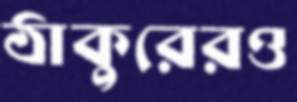
ঠাকুরেরও